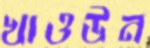
খাওউন